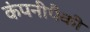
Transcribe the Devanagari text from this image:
कंपनीपैकी